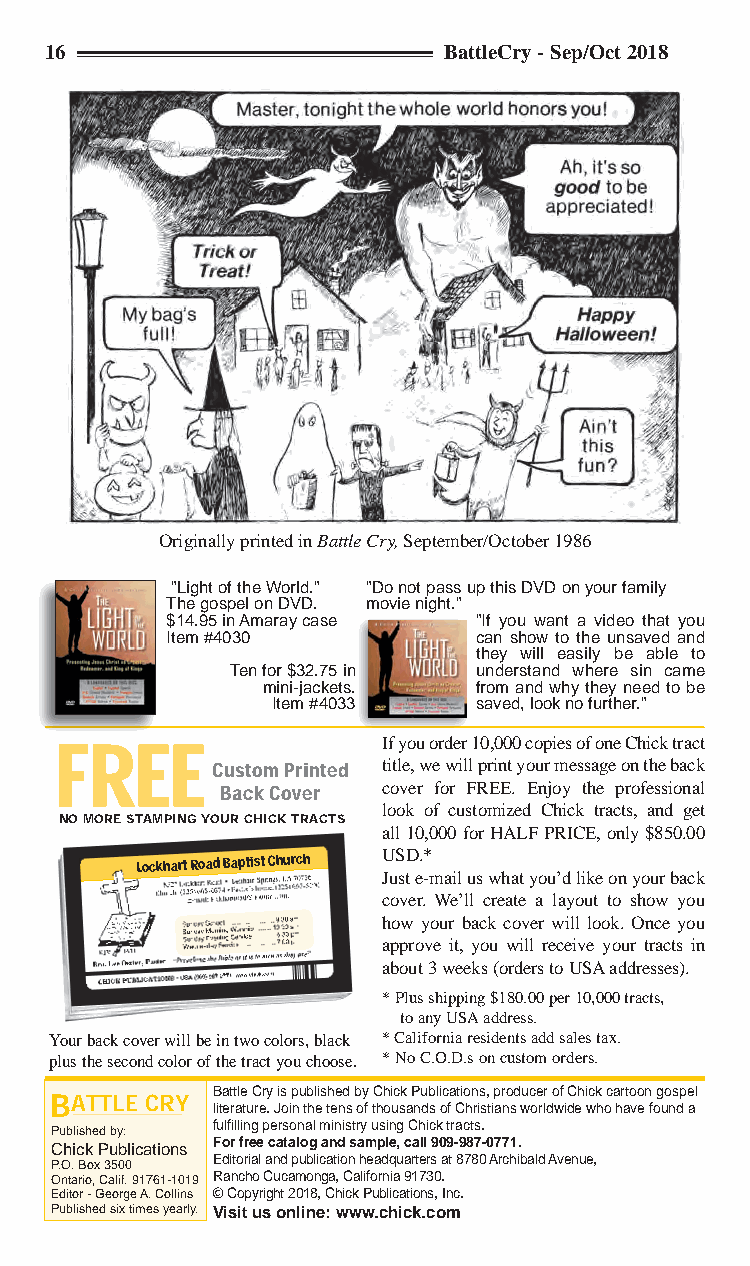
16                        BattleCry - Sep/Oct 2018
 Originally printed in Battle Cry, September/October 1986
 "Light of the World." "Do not pass up this DVD on your family
 The gospel on DVD. movie night."
 $14.95 in Amaray case "If you want a video that you
 Item #4030          can show to the unsaved and
 they will easily be able to
 Ten for $32.75 in understand where sin came
 mini-jackets. from and why they need to be
 Item #4033   saved, look no further."
 If you order 10,000 copies of one Chick tract
 FREE
 Custom Printed title, we will print your message on the back
 Back Cover cover for FREE. Enjoy the professional
 look of customized Chick tracts, and get
 No More StaMpiNg Your CHiCK traCtS
 all 10,000 for HALF PRICE, only $850.00
 Lockhart Road Baptist Church USD.*
 Just e-mail us what you’d like on your back
 cover. We’ll create a layout to show you
 how your back cover will look. Once you
 approve it, you will receive your tracts in
 about 3 weeks (orders to USA addresses).
 * Plus shipping $180.00 per 10,000 tracts,
 to any USA address.
 Your back cover will be in two colors, black * California residents add sales tax.
 plus the second color of the tract you choose. * No C.O.D.s on custom orders.
 BATTLE CRY Battle Cry is published by Chick Publications, producer of Chick cartoon gospel
 literature. Join the tens of thousands of Christians worldwide who have found a
 fulfilling personal ministry using Chick tracts.
 Published by:
 Chick Publications For free catalog and sample, call 909-987-0771.
 Editorial and publication headquarters at 8780 Archibald Avenue,
 P.O. Box 3500
 Ontario, Calif. 91761-1019 Rancho Cucamonga, California 91730.
 Editor - George A. Collins © Copyright 2018, Chick Publications, Inc.
 Published six times yearly. Visit us online: www.chick.com